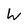
Character: W